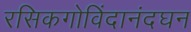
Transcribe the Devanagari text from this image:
रसिकगोविंदानंदघन